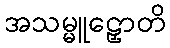
အသမ္မူဠှောတိ